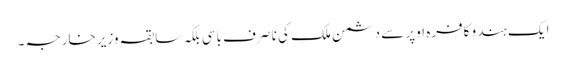
ایک ہندو کافرہ اوپر سے دشمن ملک کی نا صرف باسی بلکہ سابقہ وزیر خارجہ ۔